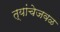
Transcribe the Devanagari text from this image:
त्यांचेजवळ